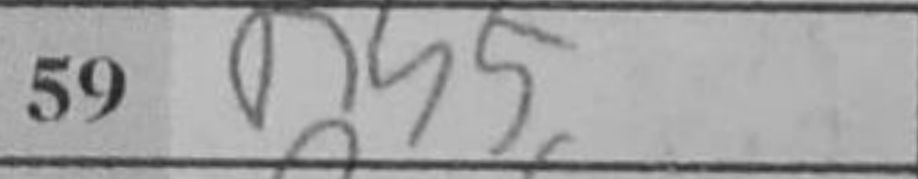
Transcription: Rh5